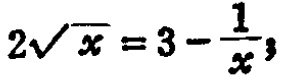
\(2\sqrt{x}=3 - \frac{1}{x}\)